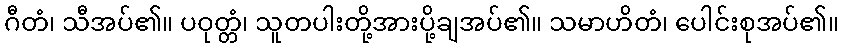
ဂီတံ၊ သီအပ်၏။ ပဝုတ္တံ၊ သူတပါးတို့အားပို့ချအပ်၏။ သမာဟိတံ၊ ပေါင်းစုအပ်၏။